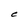
Character: C